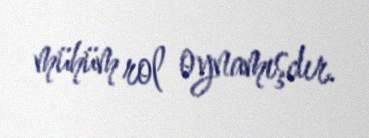
mühüm rol oynamışdır.